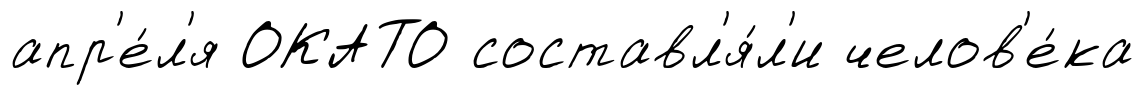
апр'е́л'я ОКАТО составл'я́л'и челов'е́ка